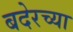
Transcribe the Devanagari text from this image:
बदेरच्या